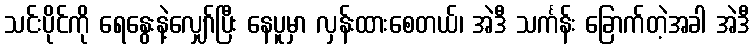
သင်းပိုင်ကို ရေနွေးနဲ့လျှော်ပြီး နေပူမှာ လှန်းထားစေတယ်၊ အဲဒီ သင်္ကန်း ခြောက်တဲ့အခါ အဲဒီ